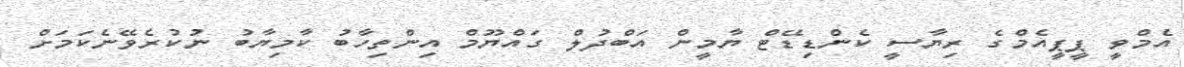
އެމްވީ ޕީޕީއެމްގެ ރިޔާސީ ކެންޑިޑޭޓް ޔާމީން އަބްދުލް ގައްޔޫމް އިންތިހާބު ކާމިޔާބު ނުކުރެވޭނެކަމަށް